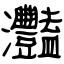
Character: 灩